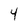
Character: 4